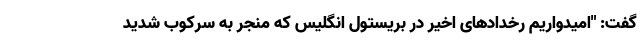
گفت: "امیدواریم رخدادهای اخیر در بریستول انگلیس که منجر به سرکوب شدید